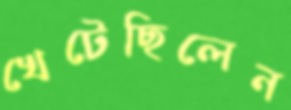
খেটেছিলেন